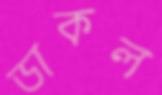
ডাকল